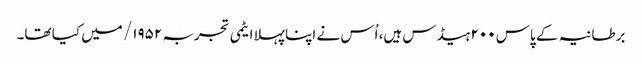
برطانیہ کے پاس ۲۰۰ ہیڈس ہیں، اُس نے اپنا پہلا ایٹمی تجربہ ۱۹۵۲/ میں کیا تھا۔